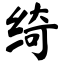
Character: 绮